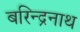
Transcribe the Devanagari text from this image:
बरिन्द्रनाथ